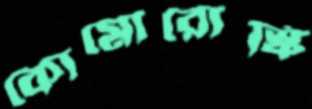
কোমোরোস্কি